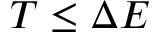
T \le \Delta E